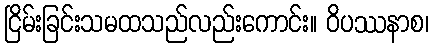
ငြိမ်းခြင်းသမထသည်လည်းကောင်း။ ဝိပဿနာစ၊